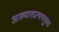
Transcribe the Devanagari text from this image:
आख्यातप्रत्यययुक्त